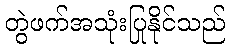
တွဲဖက်အသုံးပြုနိုင်သည်